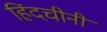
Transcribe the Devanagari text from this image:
हिंदचीनी